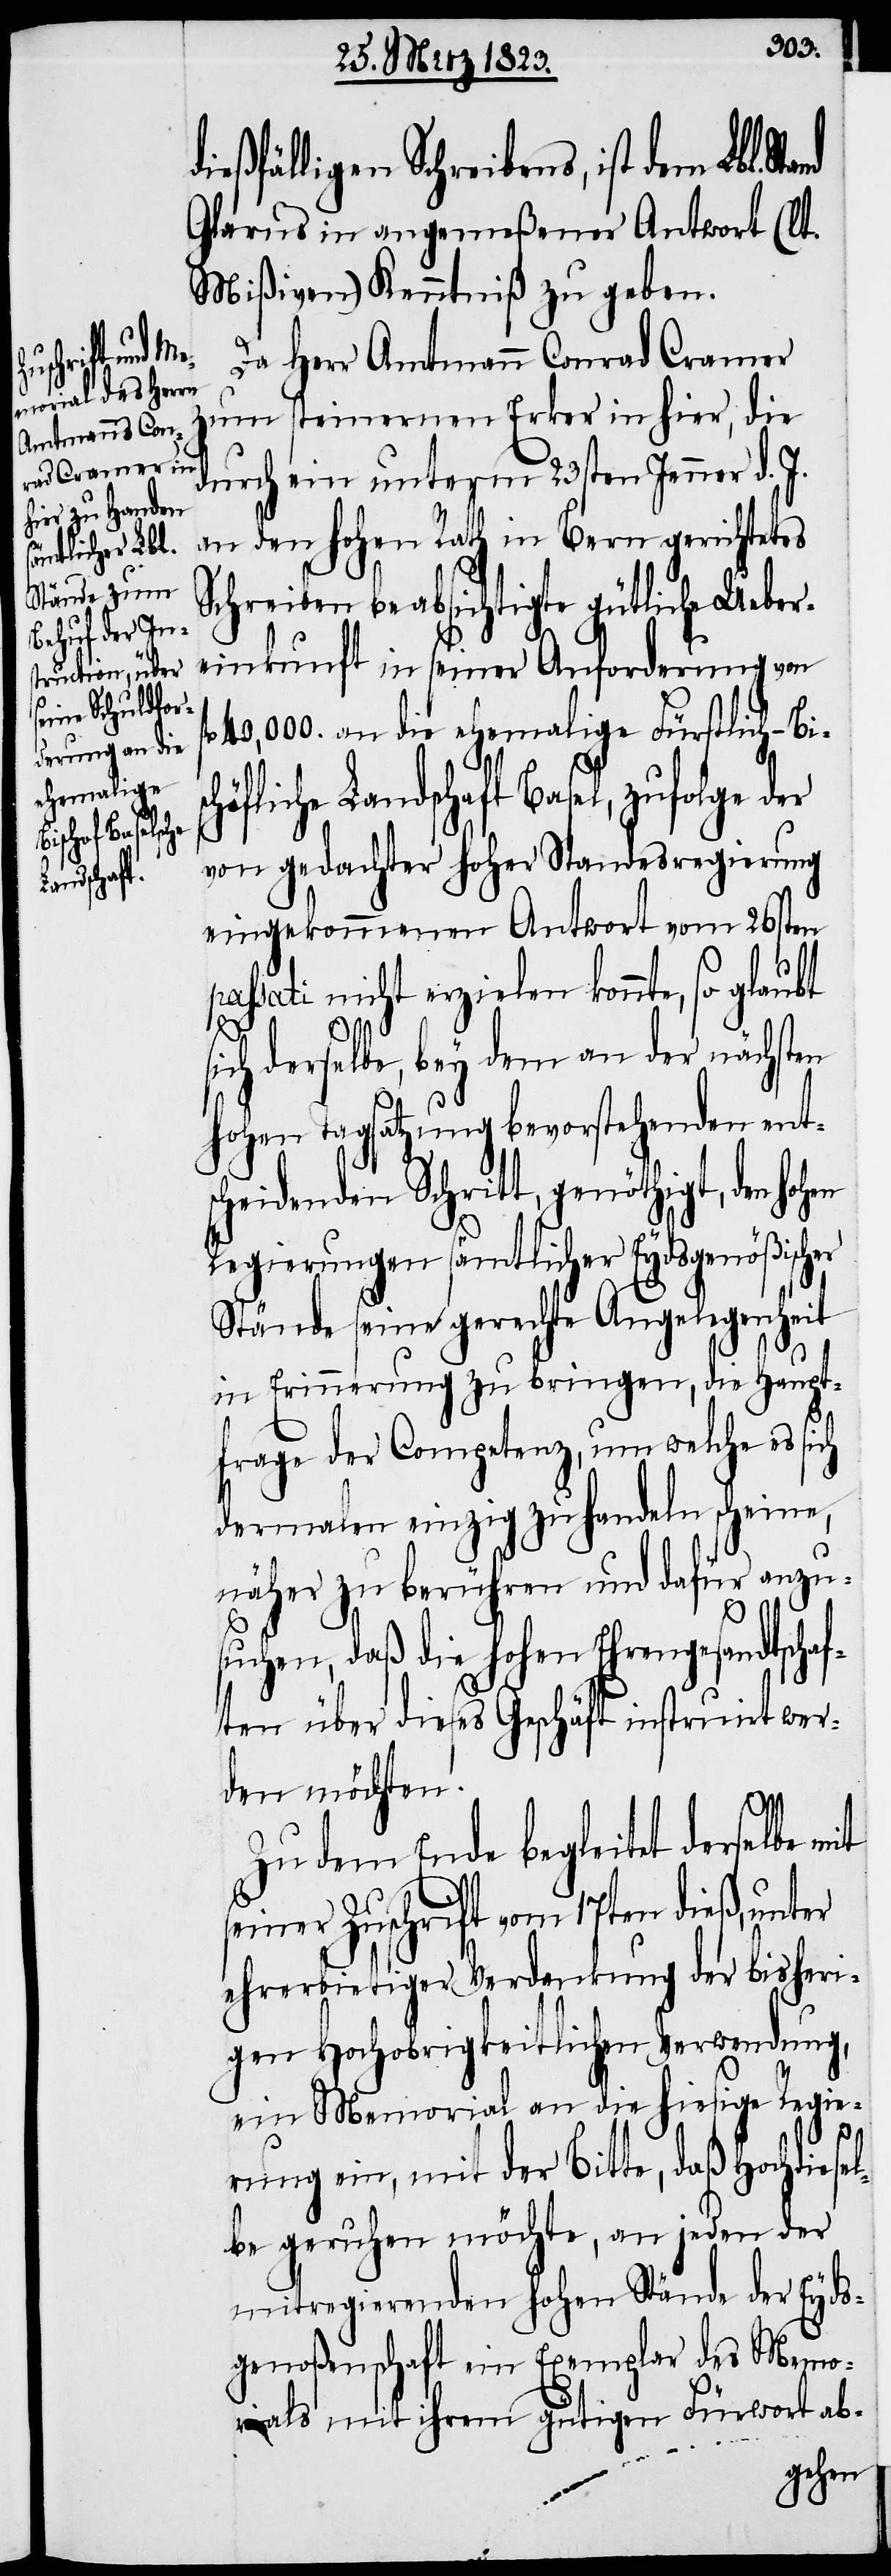
ießfälligen Schreibens, ist dem Lbl. St¬
Glarus in angemeßener Antwort (lt.
Mißiven) Kenntniß zu geben.
Da Herr Amtmann Conrad Cramer
zum steinernen Erker in hier, die
durch ein unterm 23sten Jenner d. J.
an den hohen Rath in Bern gerichtetes
Schreiben beabsichtigte gütliche Ueber¬
einkunft in seiner Anforderung von
40,000. an die ehemalige Fürstlich-Bis¬
chöfliche Landschaft Basel, zufolge der
von gedachter hoher Standesregierung
eingekommenen Antwort vom 26sten
passati nicht erzielen konnte, so glaubt
en
sich derselbe, bey dem an der nächsten
hohen Tagsatzung bevorstehenden ent¬
scheidenden Schritt, genöthigt, den hoh¬
Regierungen sämtlicher Eydsgenößischer
Stände seine gerechte Angelegenheit
in Erinnerung zu bringen, die Haupt¬
frage der Competenz, um welche es sich
dermalen einzig zu handeln scheine,
näher zu berühren und dafür anzu¬
suchen, daß die hohen Ehrengesandtschaf¬
ten über dieses Geschäft instruirt wer¬
den möchten.
Zu dem Ende begleitet derselbe
seiner Zuschrift vom 17ten dieß, unter
ehrerbietiger Verdankung der bisheri¬
gen Hochobrigkeitlichen Verwendung,
ein Memorial an die hiesige Regie¬
rung ein, mit der Bitte, daß Hochdiesel¬
be geruhen möchte, an jeden der
mitregierenden hohen Stände der Eyds¬
genoßenschaft ein Exemplar des Memo¬
rials mit ihrem gütigen Fürwort ab-